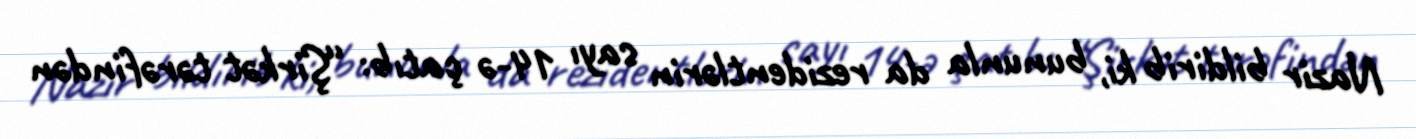
Nazir bildirib ki, bununla da rezidentlərin sayı 14-ə çatıb: “Şirkət tərəfindən